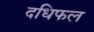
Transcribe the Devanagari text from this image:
दधिफल